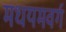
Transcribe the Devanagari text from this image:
मधयमवर्ग